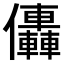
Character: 𠑭